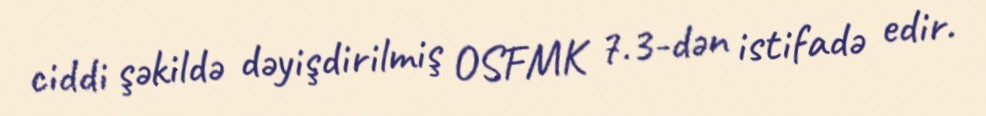
ciddi şəkildə dəyişdirilmiş OSFMK 7.3-dən istifadə edir.